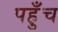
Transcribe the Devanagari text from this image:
पह़ुँच